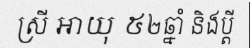
ស្រី អាយុ ៥២ឆ្នាំ និងប្តី